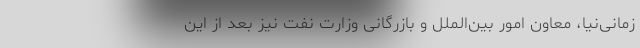
زمانی‌نیا، معاون امور بین‌الملل و بازرگانی وزارت نفت نیز بعد از این